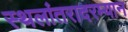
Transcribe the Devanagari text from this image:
स्थलांतरादरम्यान